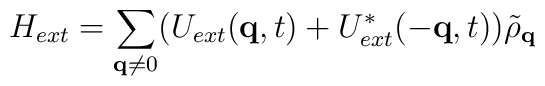
H_{ext} = \sum_{ {\bf{q}} \neq 0 }(U_{ext}({\bf{q}},t) + U^{*}_{ext}(-{\bf{q}},t)){\tilde{\rho}}_{ {\bf{q}} }